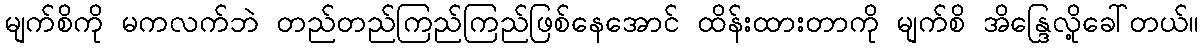
မျက်စိကို မကလက်ဘဲ တည်တည်ကြည်ကြည်ဖြစ်နေအောင် ထိန်းထားတာကို မျက်စိ အိန္ဒြေလို့ခေါ်တယ်။